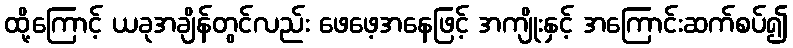
ထို့ကြောင့် ယခုအချိန်တွင်လည်း ဖေဖေ့အနေဖြင့် အကျိုးနှင့် အကြောင်းဆက်စပ်၍